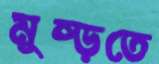
মুষ্‌ড়তে